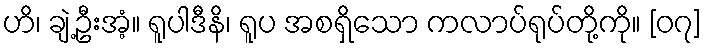
ဟိ၊ ချဲ့ဦးအံ့။ ရူပါဒီနိ၊ ရူပ အစရှိသော ကလာပ်ရုပ်တို့ကို။ [၀၇]